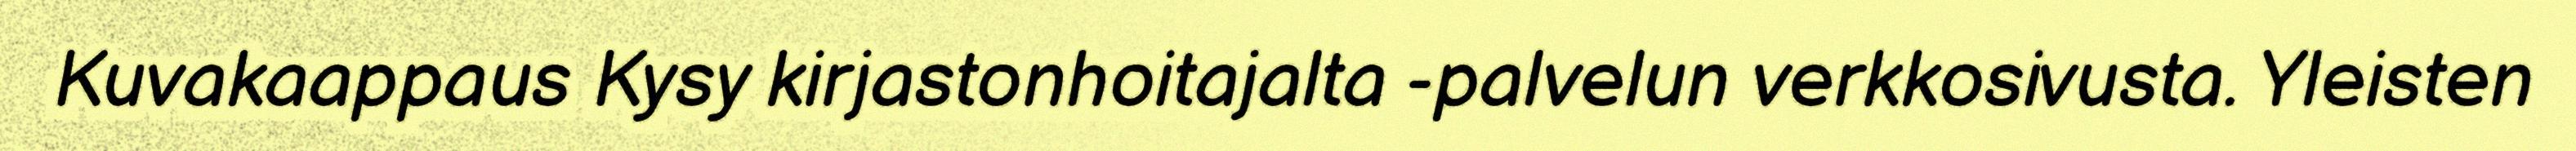
Kuvakaappaus Kysy kirjastonhoitajalta -palvelun verkkosivusta. Yleisten